Scientific memoirs by medical officers of the Army of India - Part VIII,
Year: 1894
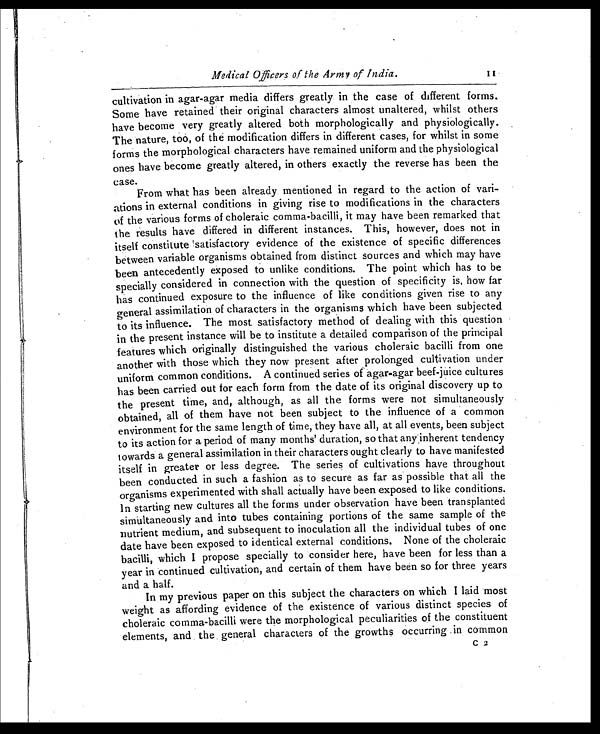
Medical Officers of the Army of India.
cultivation in agar-agar media differs greatly in the case of different forms.
Some have retained their original characters almost unaltered, whilst others
have become very greatly altered both morphologically and physiologically.
The nature, too, of the modification differs in different cases, for whilst in some
forms the morphological characters have remained uniform and the physiological
ones have become greatly altered, in others exactly the reverse has been the
case.
From what has been already mentioned in regard to the action of vari-
ations in external conditions in giving rise to modifications in the characters
of the various forms of choleraic comma-bacilli, it may have been remarked that
the results have differed in different instances. This, however, does not in
itself constitute 'satisfactory evidence of the existence of specific differences
between variable organisms obtained from distinct sources and which may have
been antecedently exposed to unlike conditions. The point which has to be
specially considered in connection with the question of specificity is, how far
has continued exposure to the influence of like conditions given rise to any
general assimilation of characters in the organisms which have been subjected
to its influence. The most satisfactory method of dealing with this question
in the present instance will be to institute a detailed comparison of the principal
features which originally distinguished the various choleraic bacilli from one
another with those which they now present after prolonged cultivation under
uniform common conditions. A continued series of agar-agar beef-juice cultures
has been carried out for each form from the date of its original discovery up to
the present time, and, although, as all the forms were not simultaneously
obtained, all of them have not been subject to the influence of a common
environment for the same length of time, they have all, at all events, been subject
to its action for a period of many months' duration, so that any,inherent tendency
towards a general assimilation in their characters ought clearly to have manifested
itself in greater or less degree. The series of cultivations have throughout
been conducted in such a fashion as to secure as far as possible that all the
organisms experimented with shall actually have been exposed to like conditions.
In starting new cultures all the forms under observation have been transplanted
simultaneously and into tubes containing portions of the same sample of the
nutrient medium, and subsequent to inoculation all the individual tubes of one
date have been exposed to identical external conditions. None of the choleraic
bacilli, which I propose specially to consider here, have been for less than a
year in continued cultivation, and certain of them have been so for three years
and a half.
In my previous paper on this subject the characters on which I laid most
weight as affording evidence of the existence of various distinct species of
choleraic comma-bacilli were the morphological peculiarities of the constituent
elements, and the general characters of the growths occurring .in common
C 2